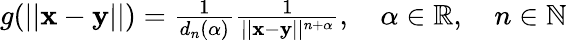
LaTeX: \begin{array}{r}{g(||\mathbf x-\mathbf y||)=\frac{1}{d_{n}(\alpha)}\frac{1}{||\mathbf x-\mathbf y||^{n+\alpha}},\quad\alpha\in\mathbb{R},\quad n\in\mathbb{N}}\end{array}